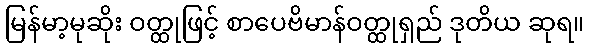
မြန်မာ့မုဆိုး ဝတ္ထုဖြင့် စာပေဗိမာန်ဝတ္ထုရှည် ဒုတိယ ဆုရ။